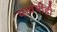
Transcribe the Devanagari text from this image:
यावर्षीही